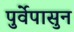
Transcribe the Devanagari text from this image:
पुर्वेपासुन